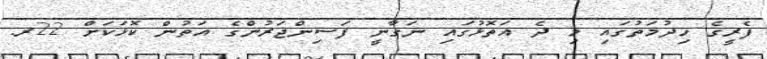
ފެރީގެ ހިދުމަތުގައި މި ދެ އަތޮޅުގައި ނަގާނީ ފަސިންޖަރުންގެ އަތުން ކޮޅަކަށް 22ރ.